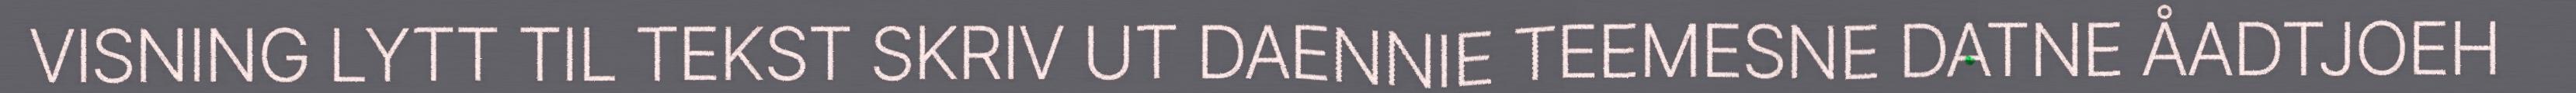
VISNING LYTT TIL TEKST SKRIV UT DAENNIE TEEMESNE DATNE ÅADTJOEH